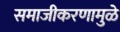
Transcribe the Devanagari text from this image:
समाजीकरणामुळे